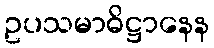
ဥပသမာဓိဋ္ဌာနေန